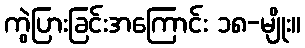
ကွဲပြားခြင်းအကြောင်း ၁၈-မျိုး။